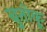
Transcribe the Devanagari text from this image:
बुतोकू